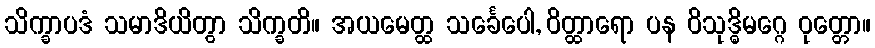
သိက္ခာပဒံ သမာဒိယိတွာ သိက္ခတိ။ အယမေတ္ထ သင်္ခေပေါ, ဝိတ္ထာရော ပန ဝိသုဒ္ဓိမဂ္ဂေ ဝုတ္တော။